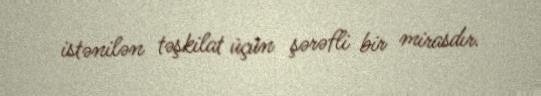
istənilən təşkilat üçün şərəfli bir mirasdır.